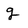
Character: g